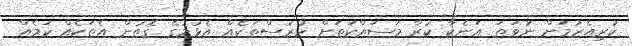
ކުރިއެރުމަށް ނުވަތަ އަނެކާ ކުރާ މަސައްކަތަށް ހުރަސްތަކެއް އެޅުމުގެ ގޮތުން އެތަކެއް ކަމެއް